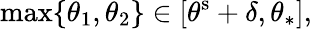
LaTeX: \operatorname*{max}\{ \theta_{1},\theta_{2}\} \in[\theta^{\mathrm{s}}+\delta,\theta_{\ast}],